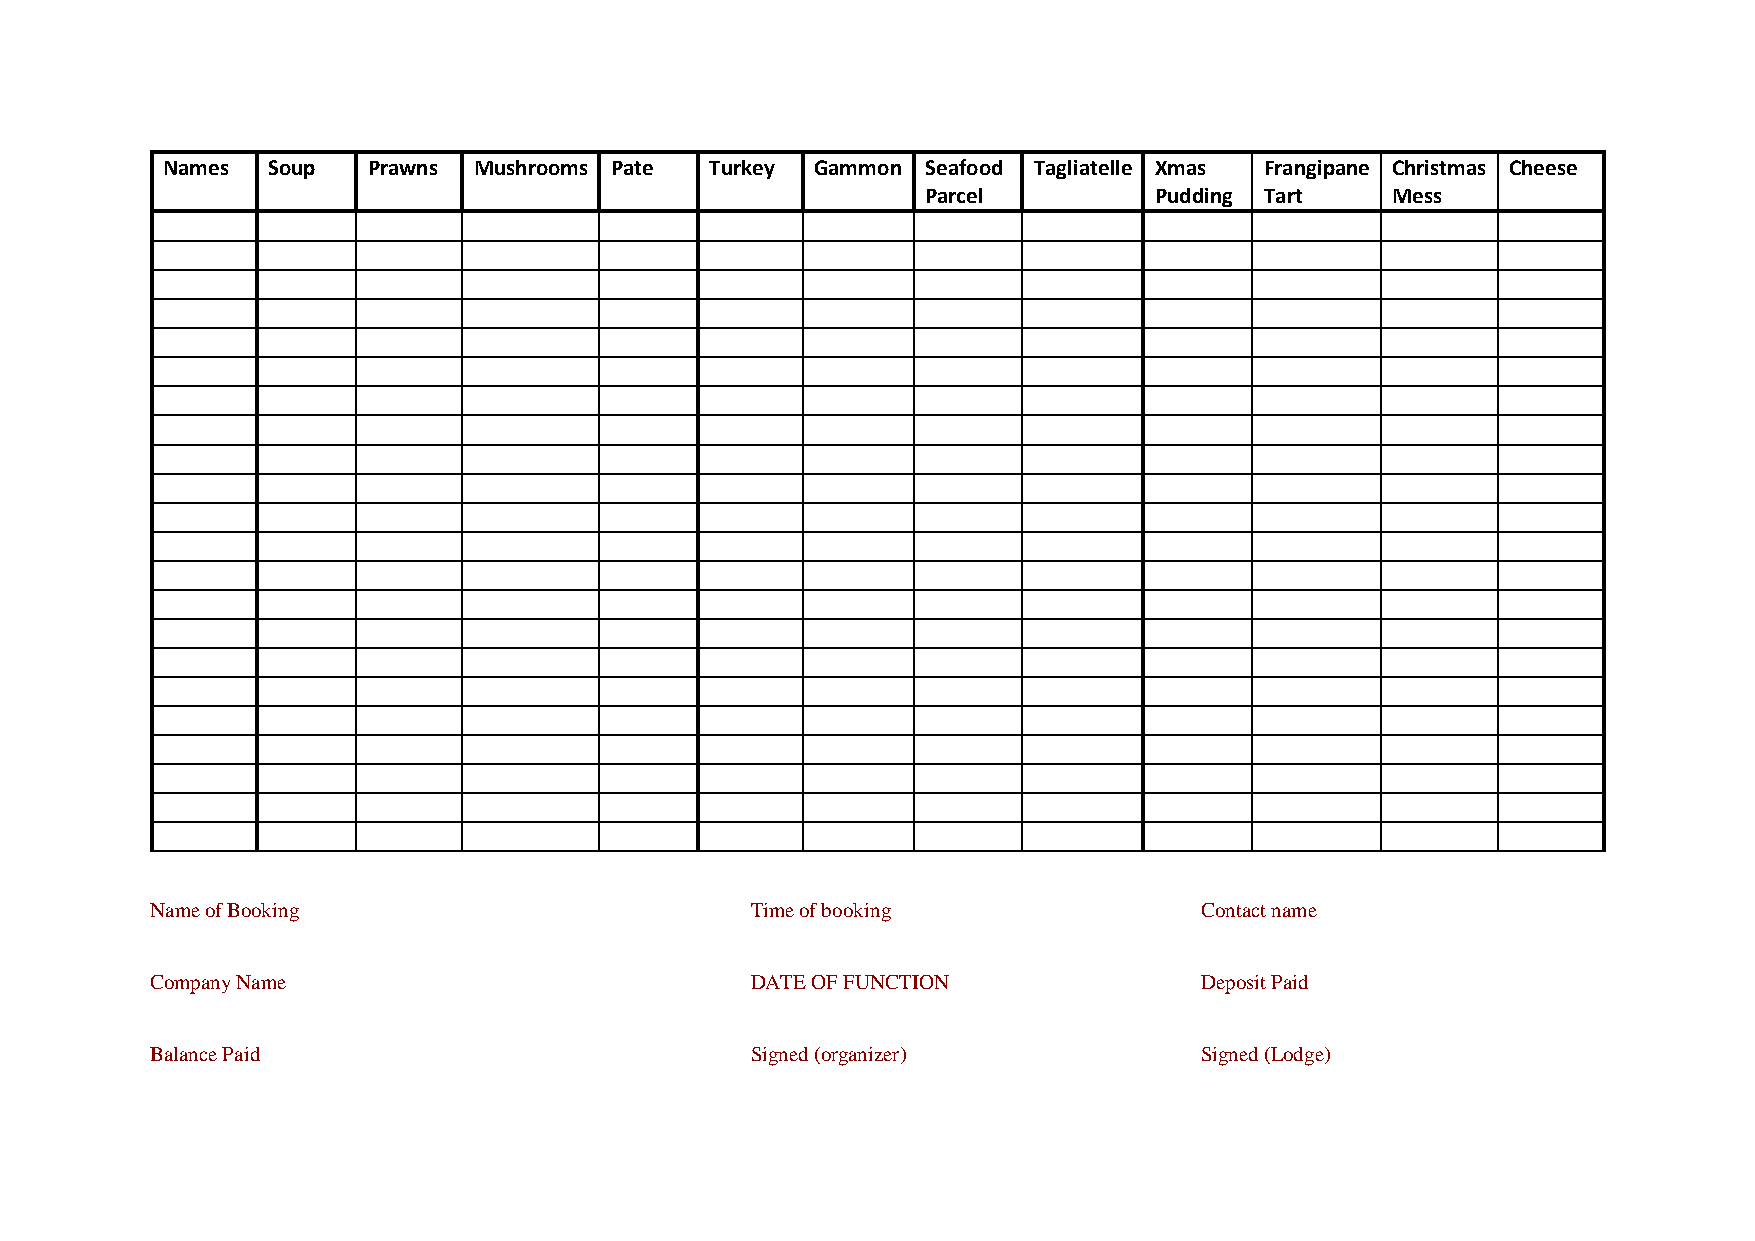
Names  Soup  Prawns Mushrooms Pate  Turkey Gammon Seafood Tagliatelle Xmas Frangipane Christmas Cheese
 Parcel         Pudding Tart    Mess
 Name of Booking                         Time of booking              Contact name
 Company Name                            DATE OF FUNCTION             Deposit Paid
 Balance Paid                            Signed (organizer)           Signed (Lodge)